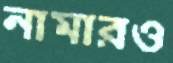
নামারও